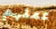
عملهم